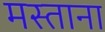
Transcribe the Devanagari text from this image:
मस्‍ताना